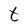
Character: t